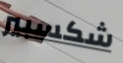
شكسبير